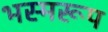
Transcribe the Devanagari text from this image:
भस्मरूप